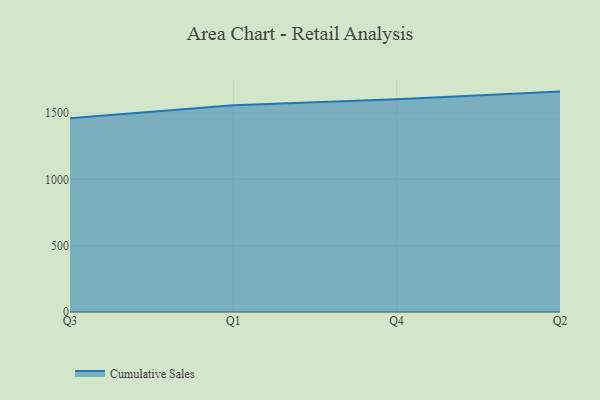
{"axis": {"x": "Quarter", "y": "Temperature (°C)"}, "legend": ["Cumulative Sales"], "data": [{"x": "Q3", "y": 1461.5, "type": "Cumulative Sales"}, {"x": "Q1", "y": 1558.8, "type": "Cumulative Sales"}, {"x": "Q4", "y": 1604.6, "type": "Cumulative Sales"}, {"x": "Q2", "y": 1662.4, "type": "Cumulative Sales"}]}